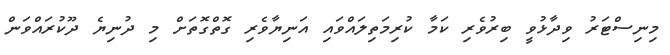
މިނިސްޓަރު ވިދާޅުވީ ބިރުވެރި ކަމާ ކުރިމަތިލައްވައި އަނިޔާވެރިި ގޮތްގޮތަށް މި ދުނިޔެ ދޫކުރައްވަން